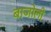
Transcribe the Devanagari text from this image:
बाजोली